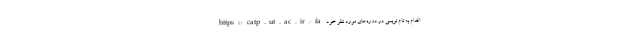
https://catp.ut.ac.ir/fa اقدام به نام نويسي در دوره‌هاي مورد نظر خود